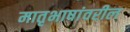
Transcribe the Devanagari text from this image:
मातृभाषांवरील